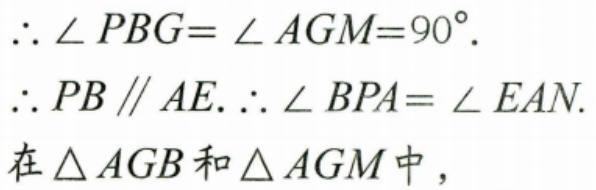
$\therefore\angle PBG=\angle AGM = 90^{\circ}.$
$\therefore PB\parallel AE.\therefore\angle BPA=\angle EAN.$
在$\triangle AGB$和$\triangle AGM$中，